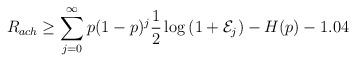
LaTeX: \begin{align*}R_{ach} \ge \displaystyle\sum\limits_{j = 0}^{\infty} p & (1-p)^j \frac{1}{2} \log \left(1 + \mathcal{E}_j \right) - H(p) - 1.04 \end{align*}